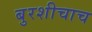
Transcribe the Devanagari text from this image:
बुरशीचाच